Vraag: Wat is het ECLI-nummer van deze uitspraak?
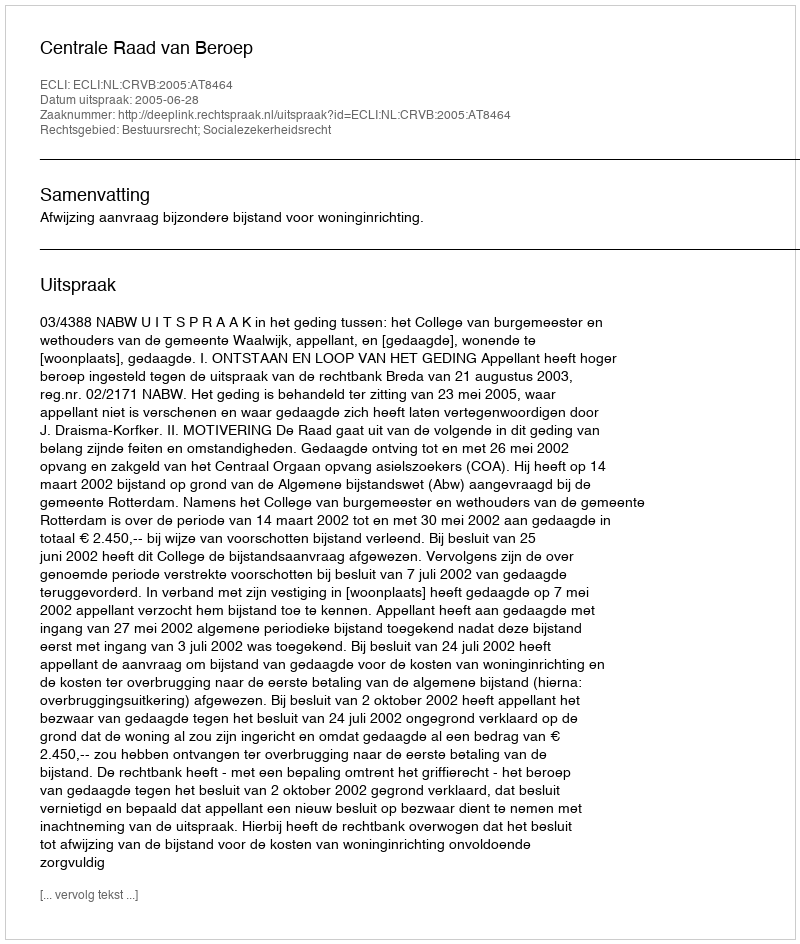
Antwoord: ECLI:NL:CRVB:2005:AT8464